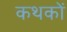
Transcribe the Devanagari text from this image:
कथकों